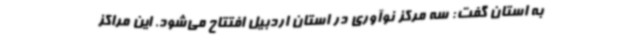
به استان گفت: سه مرکز نوآوری در استان اردبیل افتتاح می‌شود. این مراکز